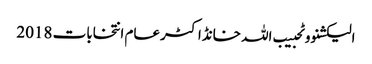
الیکشنووٹحبیب اللہ خانڈاکٹرعام انتخابات 2018